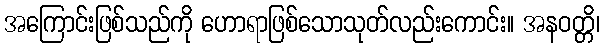
အကြောင်းဖြစ်သည်ကို ဟောရာဖြစ်သောသုတ်လည်းကောင်း။ အနဝတ္တိ၊